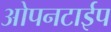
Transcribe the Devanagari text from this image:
ओपनटाईप